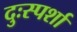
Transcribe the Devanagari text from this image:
दुःस्पर्शा